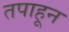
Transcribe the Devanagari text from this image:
तपाहून